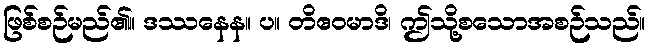
ဖြစ်စဉ်မည်၏။ ဒဿနေန။ ပ။ တိဧဝမာဒိ၊ ဤသို့စသောအစဉ်သည်။